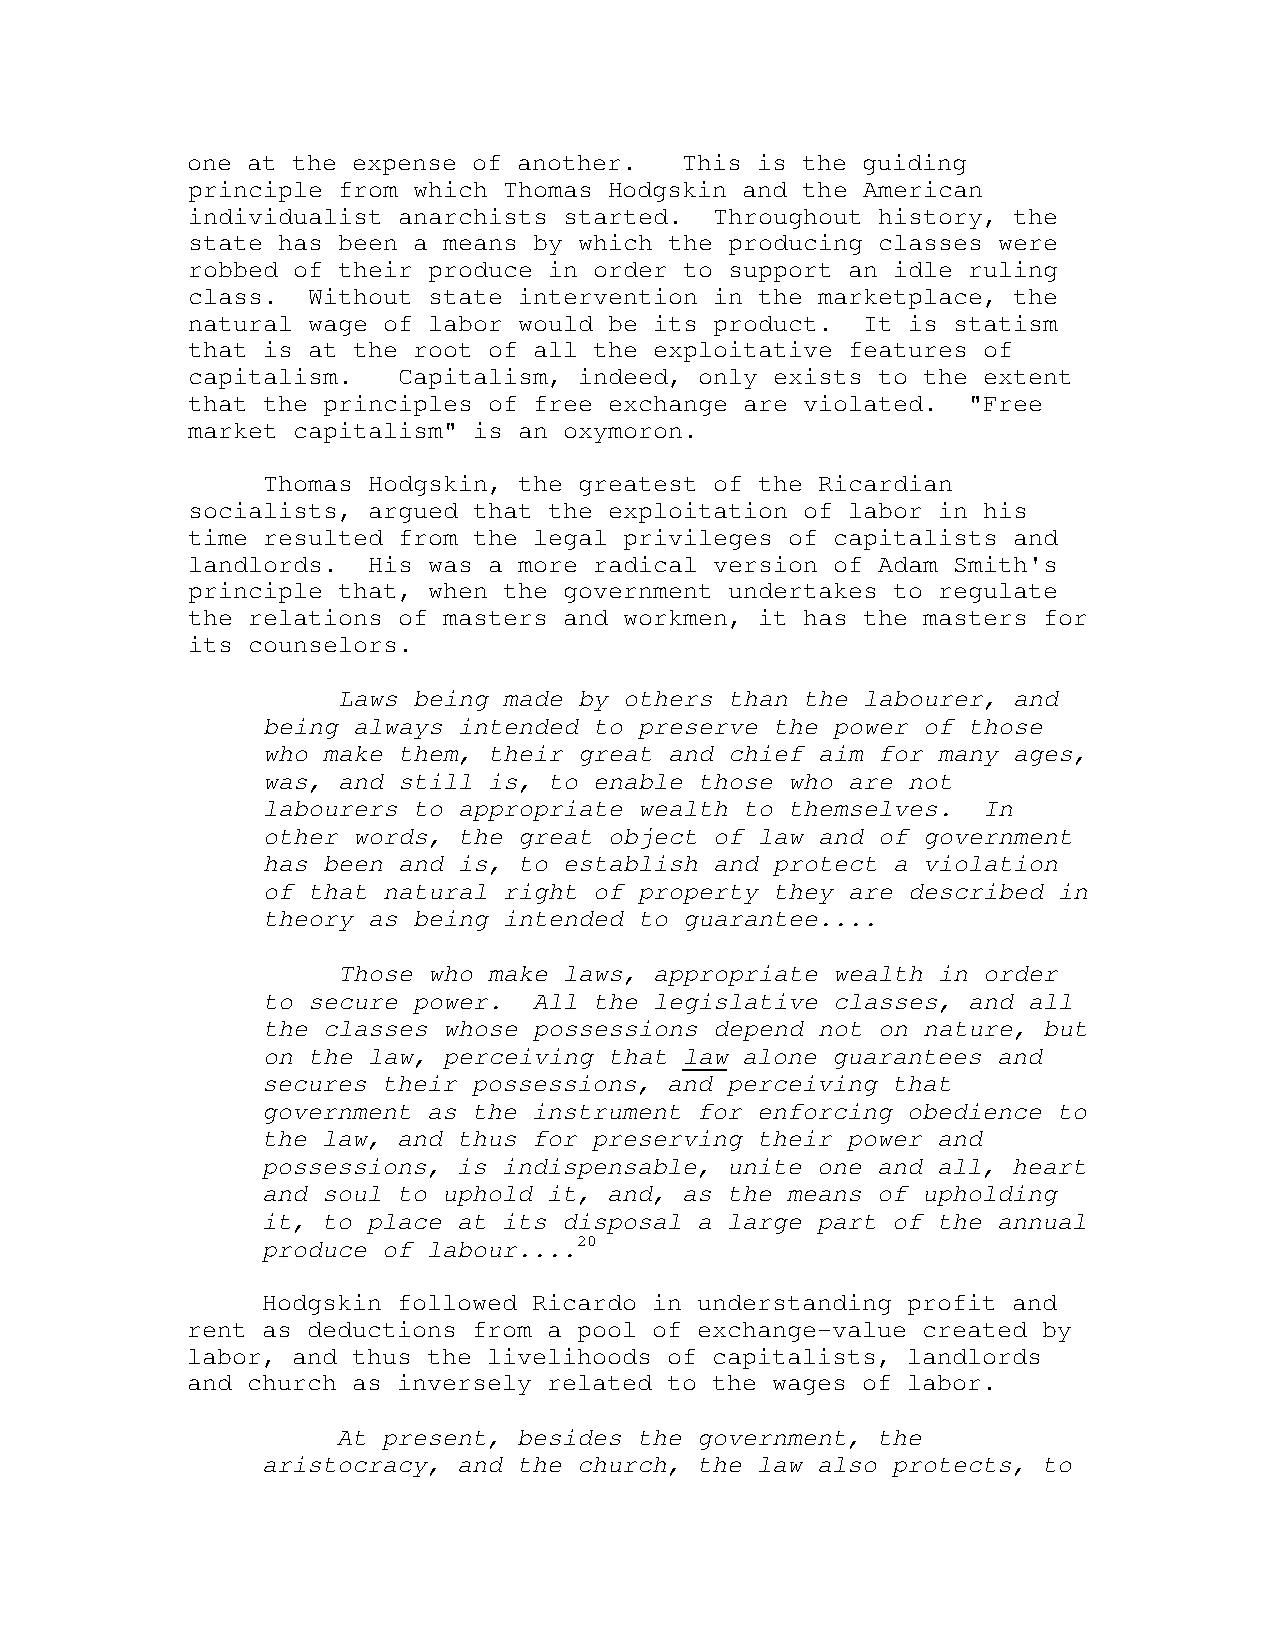
one at the expense of another.   This is the guiding
 principle from which Thomas Hodgskin and the American
 individualist anarchists started.  Throughout history, the
 state has been a means by which the producing classes were
 robbed of their produce in order to support an idle ruling
 class.  Without state intervention in the marketplace, the
 natural wage of labor would be its product.  It is statism
 that is at the root of all the exploitative features of
 capitalism.   Capitalism, indeed, only exists to the extent
 that the principles of free exchange are violated.  "Free
 market capitalism" is an oxymoron.
 Thomas Hodgskin, the greatest of the Ricardian
 socialists, argued that the exploitation of labor in his
 time resulted from the legal privileges of capitalists and
 landlords.  His was a more radical version of Adam Smith's
 principle that, when the government undertakes to regulate
 the relations of masters and workmen, it has the masters for
 its counselors.
 Laws being made by others than the labourer, and
 being always intended to preserve the power of those
 who make them, their great and chief aim for many ages,
 was, and still is, to enable those who are not
 labourers to appropriate wealth to themselves.  In
 other words, the great object of law and of government
 has been and is, to establish and protect a violation
 of that natural right of property they are described in
 theory as being intended to guarantee....
 Those who make laws, appropriate wealth in order
 to secure power.  All the legislative classes, and all
 the classes whose possessions depend not on nature, but
 on the law, perceiving that law alone guarantees and
 secures their possessions, and perceiving that
 government as the instrument for enforcing obedience to
 the law, and thus for preserving their power and
 possessions, is indispensable, unite one and all, heart
 and soul to uphold it, and, as the means of upholding
 it, to place at its disposal a large part of the annual
 produce of labour....20
 Hodgskin followed Ricardo in understanding profit and
 rent as deductions from a pool of exchange-value created by
 labor, and thus the livelihoods of capitalists, landlords
 and church as inversely related to the wages of labor.
 At present, besides the government, the
 aristocracy, and the church, the law also protects, to